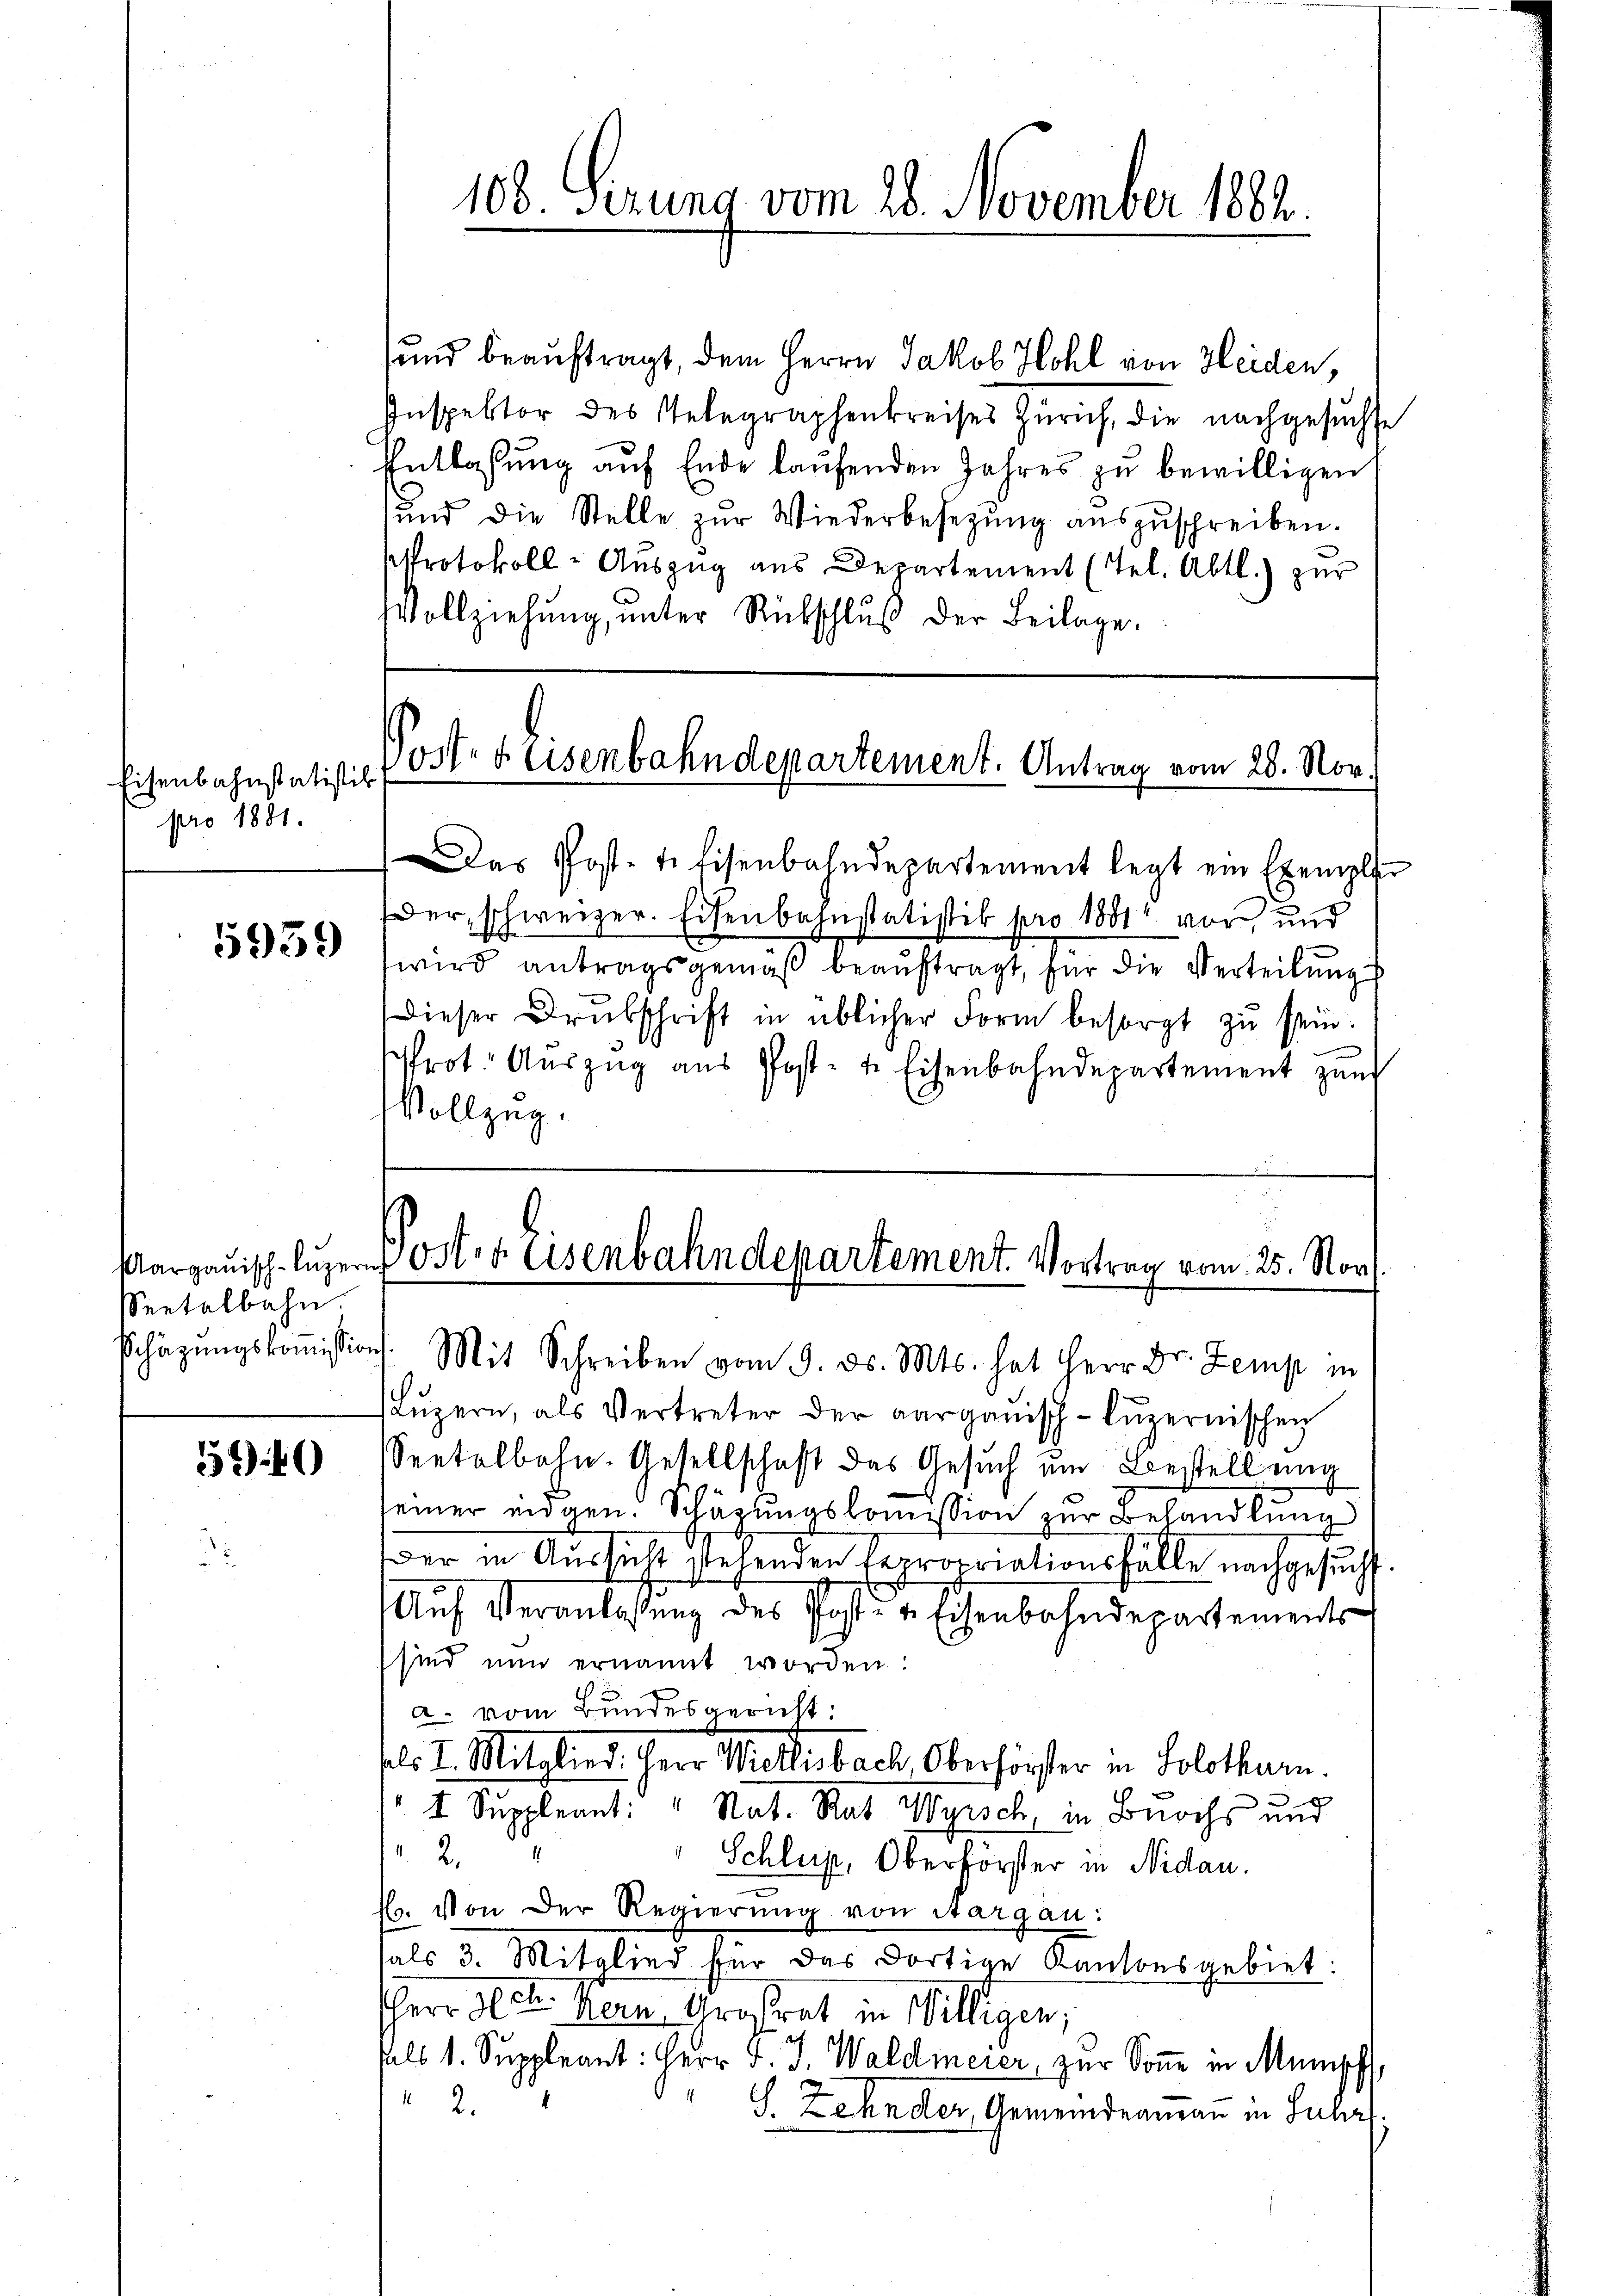
Eisenbahnstatistik
pro 1881.

5939

Margauisch-luzern
Seetalbahn.

5940

und beauftragt, dem Herrn Jakob Hohl von Heiden,
Inspektor des Gelegraphenkreises Zürich, die nachgesuchte
Entlassung auf Ende laufenden Jahres zu bewilligen
ŭnd die Stelle zŭr Wiederbesezung aŭszŭschreiben.
Protokoll-Auszug aus Departement (Tel. Abtl.) zur
Vollziehŭng ŭnter Rückschlŭβ der Beilage

106 Sezung vom 28. November 1882.

Post- & Eisenbahndepartement. Antrag vom 28. Nov.

as Postet. Eisenbahndepartement legt ein Exemplar
Der, schweizer. Eisenbahnstatistis pro 1881 vor und
wird antragsgemäß beauftragt, für die Verteilung
dieser Drŭbschrift in üblicher Form besorgt zŭ sein.
rot. Auszug aus Post- u. Eisenbahndepartement zŭm
Vollzug.

Poster Eisenbahndepartement. Vortrag vom 25. Nov.
schäzŭngskoṁission. Mit Schreiben vom 9. ds. Mts. hat Herr Dr. Zemp in

Lŭzern, als Vertreter der aargauisch-lŭzernischen
Seetalbahn-Gesellschaft das Gesuch um Bestellung
seiner eidgen. Schätzungskomission zur Behandlung
Der in Aussicht stehenden Expropriationsfälle nachgesucht.
Aŭf Veranlassŭng des Post- u. Eisenbahndepartements
sind nun ernannt worden:
a. vom Bundesgericht:
sel. I. Mitglied. Herr Wietlisbach Oberhörster in Solothurn.
I Suppleant: " Nat. Rat Wyisch, in Buochs und
2.
" Schlup, Oberförster in Nidau.
E. Von der Regierŭng von Aargau:
tals 3. Mitglied für das dortige Kantonsgebiet:
HHerr Petr. Bern, Großrat in Willigen,
Als 1. Suppleant: Herr J. J. Waldmeier, zur Sonne in Mumisch,
2.
S. Zehnder, Gemeindeammann in Suhr,